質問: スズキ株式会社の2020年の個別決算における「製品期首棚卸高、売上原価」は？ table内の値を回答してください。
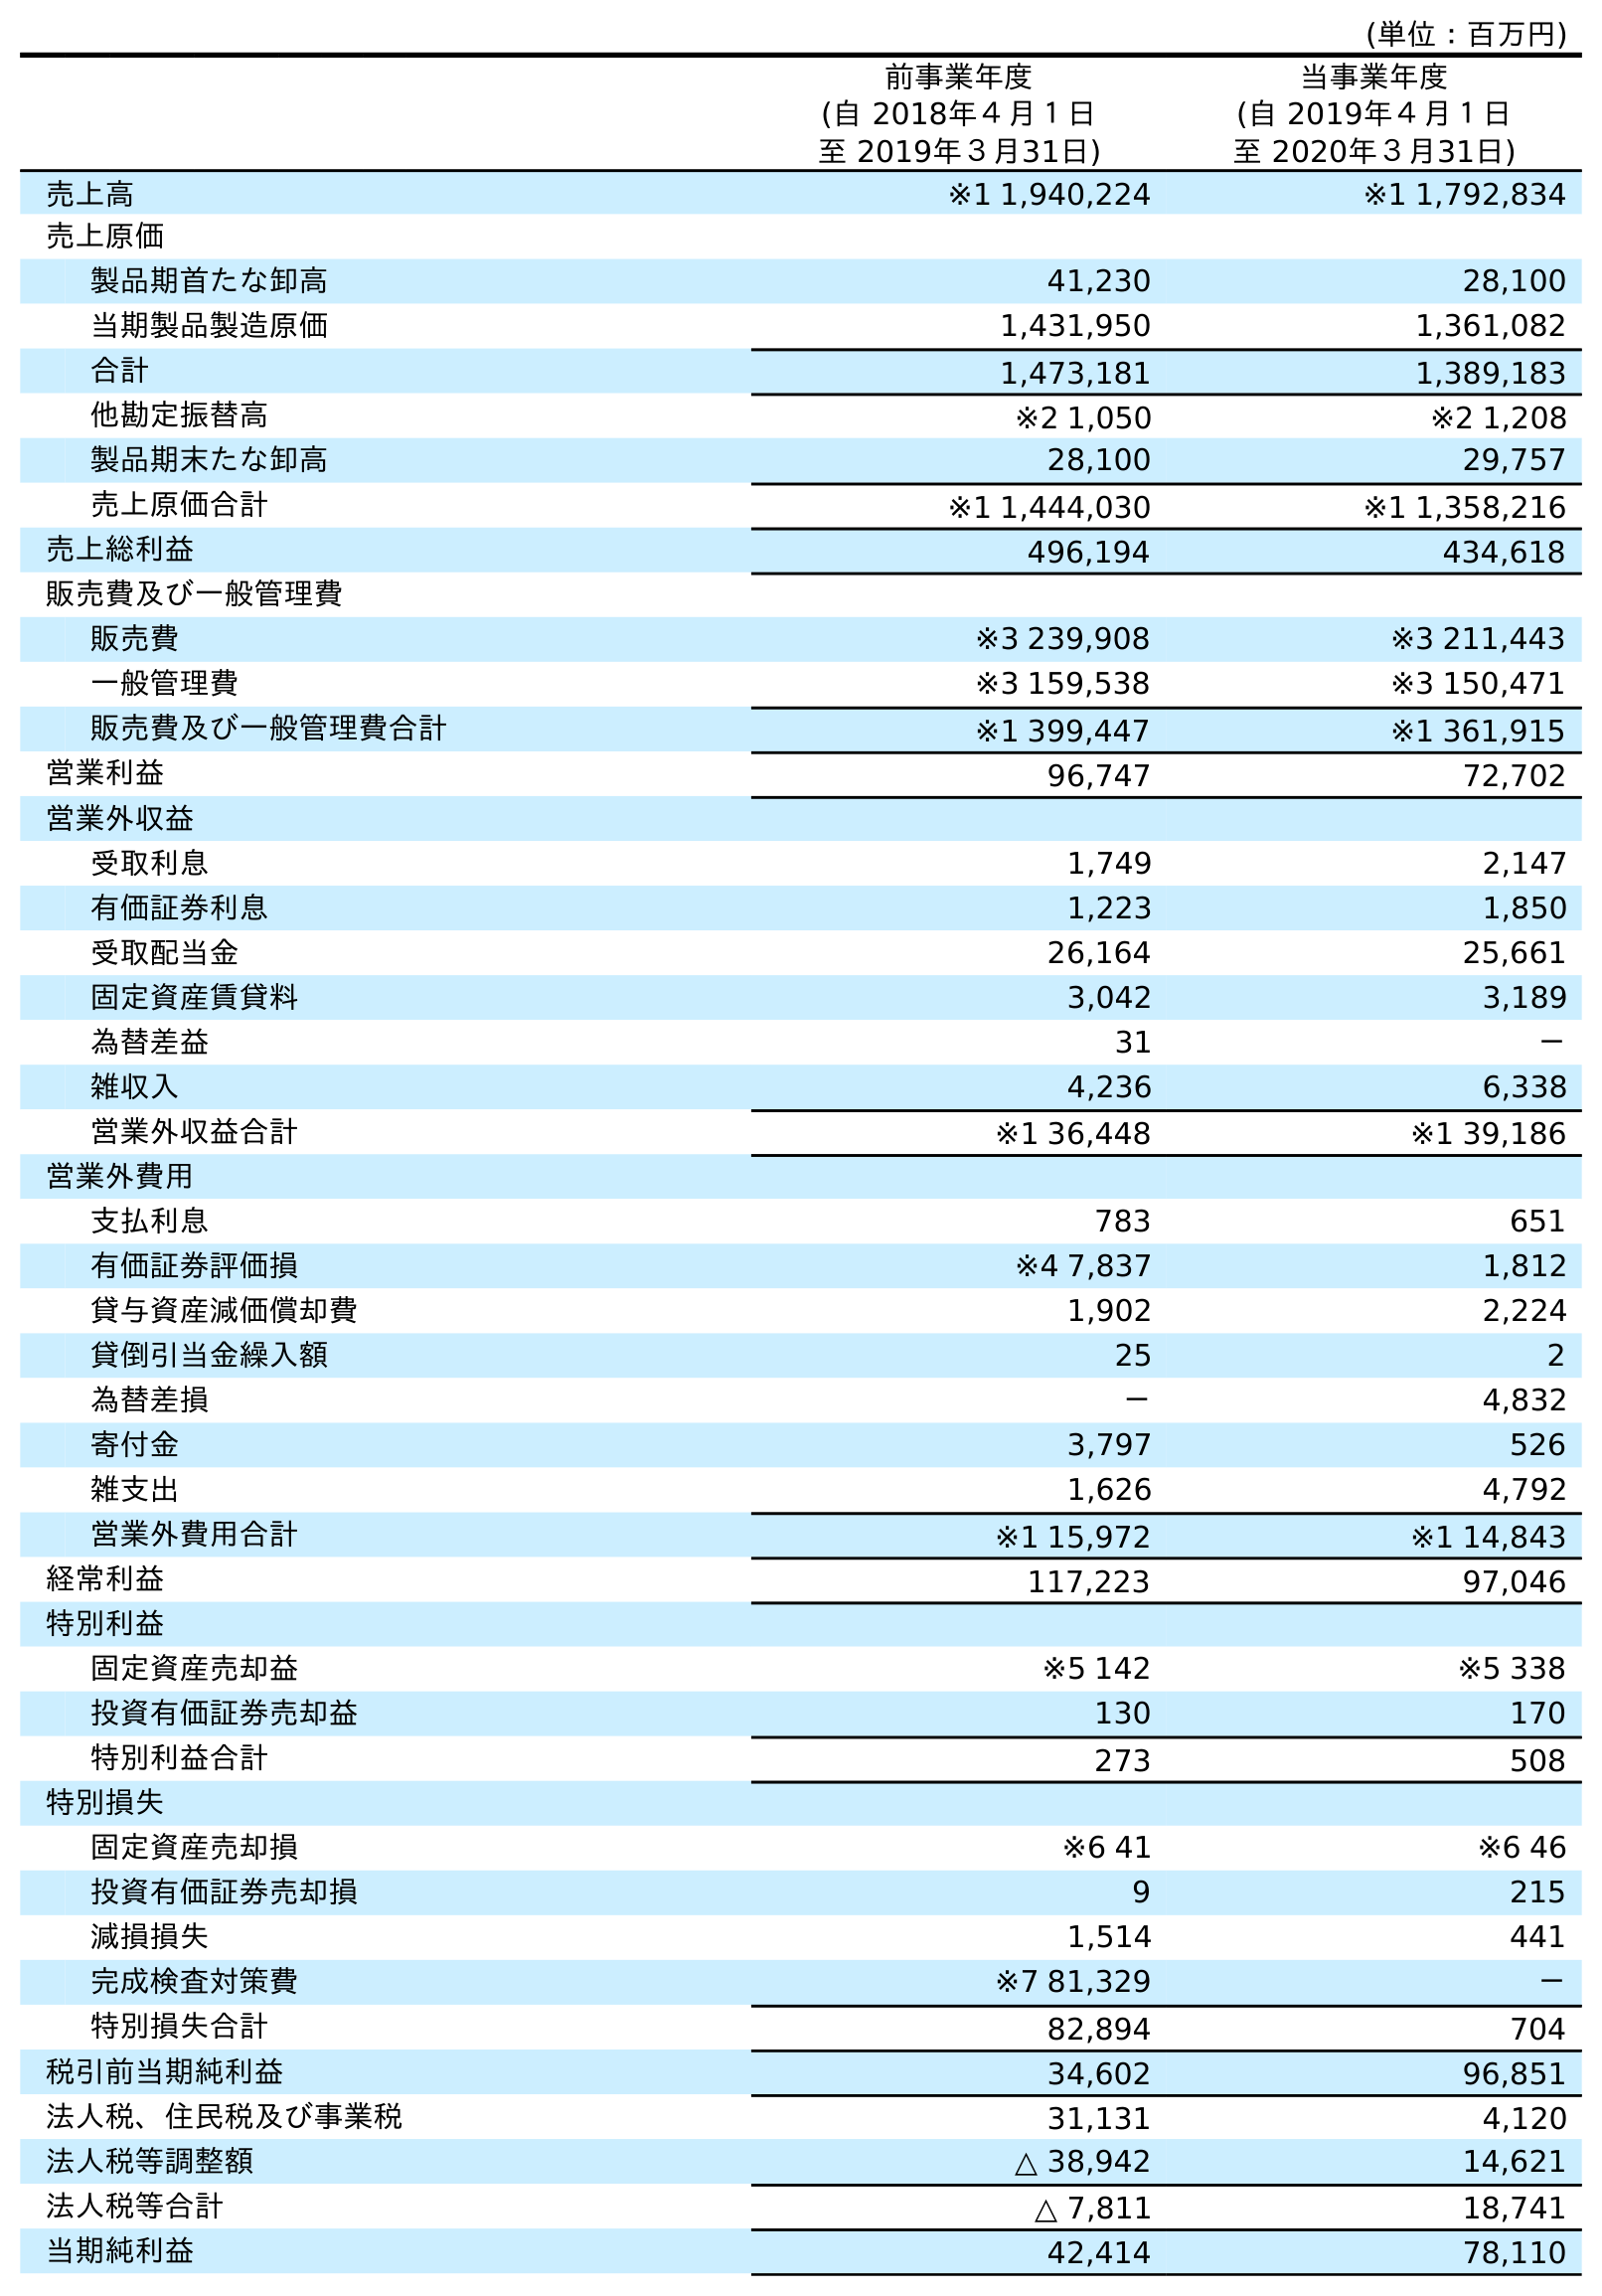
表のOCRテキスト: (単位：百万円) 前事業年度 (自 2018年４月１日 至 2019年３月31日) 当事業年度 (自 2019年４月１日 至 2020年３月31日) 売上高 ※1 1,940,224 ※1 1,792,834 売上原価 製品期首たな卸高 41,230 28,100 当期製品製造原価 1,431,950 1,361,082 合計 1,473,181 1,389,183 他勘定振替高 ※2 1,050 ※2 1,208 製品期末たな卸高 28,100 29,757 売上原価合計 ※1 1,444,030 ※1 1,358,216 売上総利益 496,194 434,618 販売費及び一般管理費 販売費 ※3 239,908 ※3 211,443 一般管理費 ※3 159,538 ※3 150,471 販売費及び一般管理費合計 ※1 399,447 ※1 361,915 営業利益 96,747 72,702 営業外収益 受取利息 1,749 2,147 有価証券利息 1,223 1,850 受取配当金 26,164 25,661 固定資産賃貸料 3,042 3,189 為替差益 31 － 雑収入 4,236 6,338 営業外収益合計 ※1 36,448 ※1 39,186 営業外費用 支払利息 783 651 有価証券評価損 ※4 7,837 1,812 貸与資産減価償却費 1,902 2,224 貸倒引当金繰入額 25 2 為替差損 － 4,832 寄付金 3,797 526 雑支出 1,626 4,792 営業外費用合計 ※1 15,972 ※1 14,843 経常利益 117,223 97,046 特別利益 固定資産売却益 ※5 142 ※5 338 投資有価証券売却益 130 170 特別利益合計 273 508 特別損失 固定資産売却損 ※6 41 ※6 46 投資有価証券売却損 9 215 減損損失 1,514 441 完成検査対策費 ※7 81,329 － 特別損失合計 82,894 704 税引前当期純利益 34,602 96,851 法人税、住民税及び事業税 31,131 4,120 法人税等調整額 △ 38,942 14,621 法人税等合計 △ 7,811 18,741 当期純利益 42,414 78,110
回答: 28,100